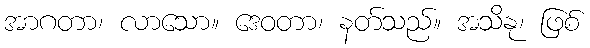
အာဂတာ၊ လာသော။ ဒေဝတာ၊ နတ်သည်။ အသိနု၊ ဖြစ်